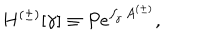
H ^ { ( \pm ) } [ \gamma ] \equiv P e ^ { \int _ { \gamma } A ^ { ( \pm ) } } ,